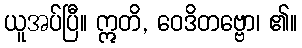
ယူအပ်ပြီ။ ဣတိ, ဝေဒိတဗ္ဗော၊ ၏။